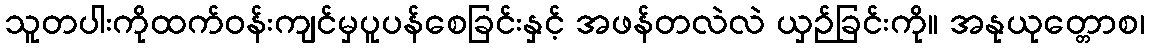
သူတပါးကိုထက်ဝန်းကျင်မှပူပန်စေခြင်းနှင့် အဖန်တလဲလဲ ယှဉ်ခြင်းကို။ အနုယုတ္တောစ၊